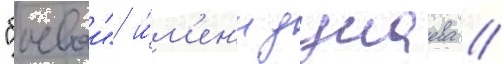
"боевои" и́м'ен'и дунаева //